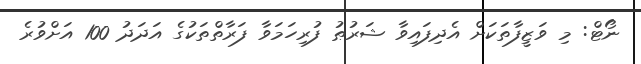
ނޯޓް: މި ވަޒީފާތަކަށް އެދިފައިވާ ޝަރުޠު ފުރިހަމަވާ ފަރާތްތަކުގެ އަދަދު 100 އަށްވުރެ